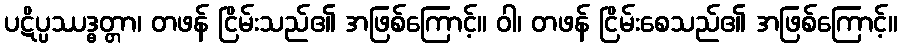
ပဋိပ္ပဿဒ္ဓတ္တာ၊ တဖန် ငြိမ်းသည်၏ အဖြစ်ကြောင့်။ ဝါ၊ တဖန် ငြိမ်းစေသည်၏ အဖြစ်ကြောင့်။